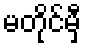
မတိုင်မှီ